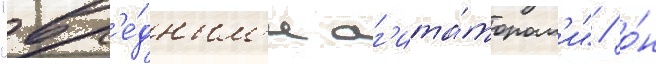
"вр'е́дным'и аг'ита́торам'и" / о́н